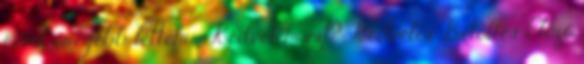
évvel öregebb lettem 😉 Kedvelem ezt? Kedvelés Betöltés Előző